Lunatic asylums Central Provinces reports 1874-1885 - 1874-1885
Year: 1874
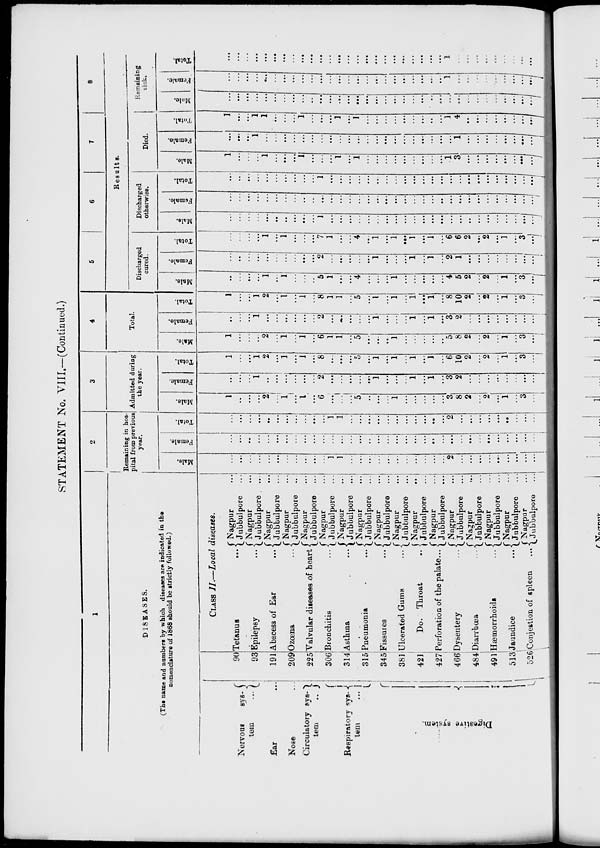
STATEMENT No. VIII.—(Continued.)
1
DISEASES.
(The name and numbers by which diseases are indicated in the
nomenclature of 1868 should be strictly followed)
Nervous
sys-
tem ...
Ear ...
Nose ...
Circulatory sys-
tem
...
Respiratory sys-
tem
...
Digestive System.
90
93
191
209
225
306
314
315
345
381
421
427
466
484
491
513
526
CLASS II.—Local diseases.
Tetanus
...
Epilepsy
...
Abscess of Ear
...
Ozœna ...
Valvular diseases of heart
Bronchitis ...
Asthma
...
Pneumonia ...
Fissures
...
Ulcerated Gums
...
Do. Throat ...
Perforation of the palate...
Dysentery
...
Diarrhœa ...
Hæmorrhoids
...
Jaundice
...
Congestion of spleen ...
Nagpur ...
Jubbulpore ...
Nagpur ...
Jubbulpore ...
Nagpur ...
Jubbulpore ...
Nagpur ...
Jubbulpore ...
Nagpur ...
Jubbulpore ...
Nagpur ...
Jubbulpore ...
Nagpur ...
Jubbulpore ...
Nagpur ...
Jubbulpore ...
Nagpur ...
Jubbulpore ...
Nagpur ...
Jubbulpore ...
Nagpur ...
Jubbulpore ...
Nagpur ...
Jubbulpore ...
Nagpur ...
Jubbulpore ...
Nagpur ...
Jubbulpore ...
Nagpur ...
Jubbulpore ...
Nagpur ...
Jubbulpore ...
Nagpur ...
Jubbulpore ...
2
Remaining in hos-
pital from previous
year.
Male.
...
...
...
...
...
...
...
...
...
...
...
1
1
...
...
...
...
...
...
...
...
...
...
...
2
...
...
...
...
...
...
...
...
...
Female.
...
...
...
...
...
...
...
...
...
...
...
...
...
...
...
...
...
...
...
...
...
...
...
...
...
...
... .
...
...
...
...
...
...
...
Total.
...
...
...
...
...
...
...
...
...
...
...
1
1
...
...
...
...
...
...
...
...
...
...
...
2
...
...
...
...
...
...
...
...
...
3
Admitted during
the year.
Male.
1
...
...
...
2
...
1
...
1
...
6
...
...
...
5
..
...
...
1
...
...
...
...
...
3
8
2
...
2
...
1
...
3
...
Female.
...
...
...
1
...
...
...
...
...
...
2
...
...
...
...
...
1
...
...
...
1
...
1
...
3
2
...
...
...
...
...
...
...
...
Total.
1
...
...
1
2
...
1
...
1
...
8
...
...
...
5
...
1
...
1
...
1
...
1
...
6
10
2
...
2
...
1
...
3
...
4
Total.
Male.
1
...
...
...
2
...
1
...
1
...
6
1
1
...
5
...
...
...
1
...
...
...
...
...
5
8
2
...
2
...
1
...
3
...
Female.
...
...
...
1
...
...
...
...
...
...
2
...
...
...
...
...
1
...
...
...
1
...
1
...
3
2
...
...
...
...
...
...
...
...
Total.
1
...
...
1
2
...
1
...
1
...
8
1
1
...
5
...
1
...
1
...
1
...
1
...
8
10
2
...
2
...
1
...
3
...
5
6
7
8
Results.
Discharged
cured.
Male.
...
...
...
...
1
...
1
...
...
...
5
1
...
...
4
...
...
...
1
...
...
...
...
...
4
5
2
...
2
...
1
...
3
...
Female.
...
...
...
...
...
...
...
...
...
...
2
...
...
...
...
...
1
...
...
...
1
...
1
...
2
1
...
...
...
...
...
...
....
...
Total.
...
...
...
...
1
...
1
...
...
...
7
1
...
...
4
...
1
...
1
...
1
...
1
...
6
6
2
...
2
...
1
...
3
...
Discharged
otherwise.
Male.
...
...
...
...
...
...
...
...
...
...
1
...
...
...
...
...
...
...
...
...
...
...
...
...
...
...
...
...
...
...
...
...
...
...
Female.
...
...
...
...
...
...
...
...
...
...
...
...
...
...
...
...
...
...
...
...
...
...
...
...
...
...
...
...
...
...
...
...
...
...
Total.
...
....
...
...
...
...
...
...
...
...
1
...
...
...
...
...
...
...
...
...
...
...
...
...
...
...
...
...
...
...
...
...
...
...
Died.
Male.
1
...
...
...
1
...
...
...
1
...
...
...
1
...
1
...
...
...
...
...
...
...
...
...
1
3
...
...
...
...
...
...
...
...
Female.
...
...
...
1
...
...
...
...
...
...
...
...
...
...
...
...
...
...
...
...
...
...
...
...
...
1
...
...
...
...
...
...
...
...
Total.
1
...
...
1
1
...
...
...
1
...
...
...
1
...
1
...
...
...
...
...
...
...
...
...
1
4
...
...
...
...
...
...
...
...
Remaining
sick.
Male.
...
...
...
...
...
...
...
...
...
...
...
...
...
...
...
...
...
...
...
...
...
...
...
...
...
...
...
...
...
...
...
...
...
...
Female.
...
...
...
...
...
...
...
...
...
...
...
...
...
...
...
...
...
...
...
...
...
...
...
...
1
...
...
...
...
...
...
...
...
...
Total.
...
...
...
...
...
...
...
...
...
...
...
...
...
...
...
...
...
...
...
...
...
...
...
...
1
...
...
...
...
...
...
...
...
...